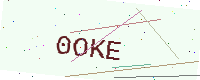
Text: 0OKE